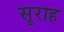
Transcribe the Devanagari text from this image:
सूराह